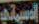
الأسياتي